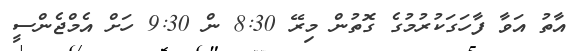
އާތު އަވާ ފާހަގަކުރުމުގެ ގޮތުން މިރޭ 8:30 ން 9:30 ހަށް އެމްޖެންސީ